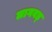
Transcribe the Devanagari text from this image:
लागवड्